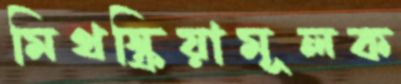
মিথস্ক্রিয়ামূলক